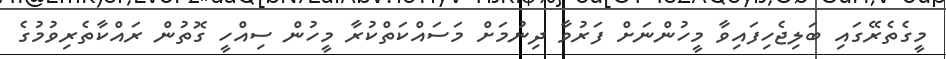
މީގެތެރޭގައި ބަލިޖެހިފައިވާ މީހުންނަށް ފަރުވާ ދިނުމަށް މަސައްކަތްކުރާ މީހުން ސިއްހީ ގޮތުން ރައްކާތެރިވުމުގެ